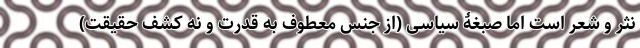
نثر و شعر است اما صبغۀ سیاسی (از جنس معطوف به قدرت و نه کشف حقیقت)